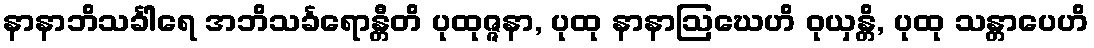
နာနာဘိသင်္ခါရေ အဘိသင်္ခရောန္တီတိ ပုထုဇ္ဇနာ, ပုထု နာနာဩဃေဟိ ဝုယှန္တိ, ပုထု သန္တာပေဟိ